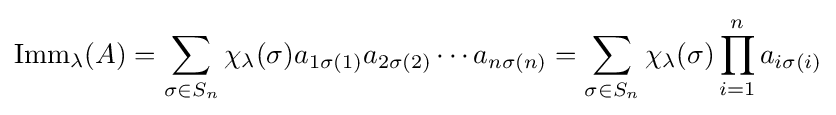
\operatorname {Imm} _{\lambda }(A)=\sum _{\sigma \in S_{n}}\chi _{\lambda }(\sigma )a_{1\sigma (1)}a_{2\sigma (2)}\cdots a_{n\sigma (n)}=\sum _{\sigma \in S_{n}}\chi _{\lambda }(\sigma )\prod _{i=1}^{n}a_{i\sigma (i)}